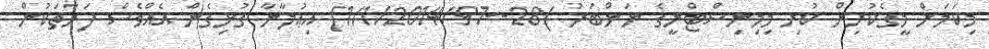
މިކަމަށް މީގެކުރިން ކުރި މިމިނިސްޓްރީގެ ނަންބަރު )28--1/1/2014/97) އިޢުލާނާ ގުޅިގެން އެއްވެސް ފަރާތަކުން